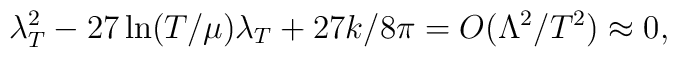
\lambda_T^2-27\ln (T/\mu)\lambda_T+27k/8\pi=O(\Lambda^2/T^2)\approx 0,